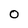
Character: 0